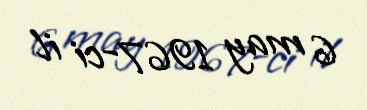
6 may 1967-ci il